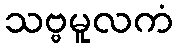
သဗ္ဗမူလကံ